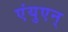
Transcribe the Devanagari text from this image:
एंयुएन्